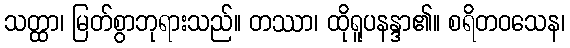
သတ္ထာ၊ မြတ်စွာဘုရားသည်။ တဿာ၊ ထိုရူပနန္ဒာ၏။ စရိတဝသေန၊